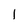
Character: l